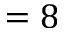
= 8